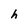
Character: h